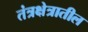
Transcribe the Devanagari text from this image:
तंत्रक्षेत्रातील